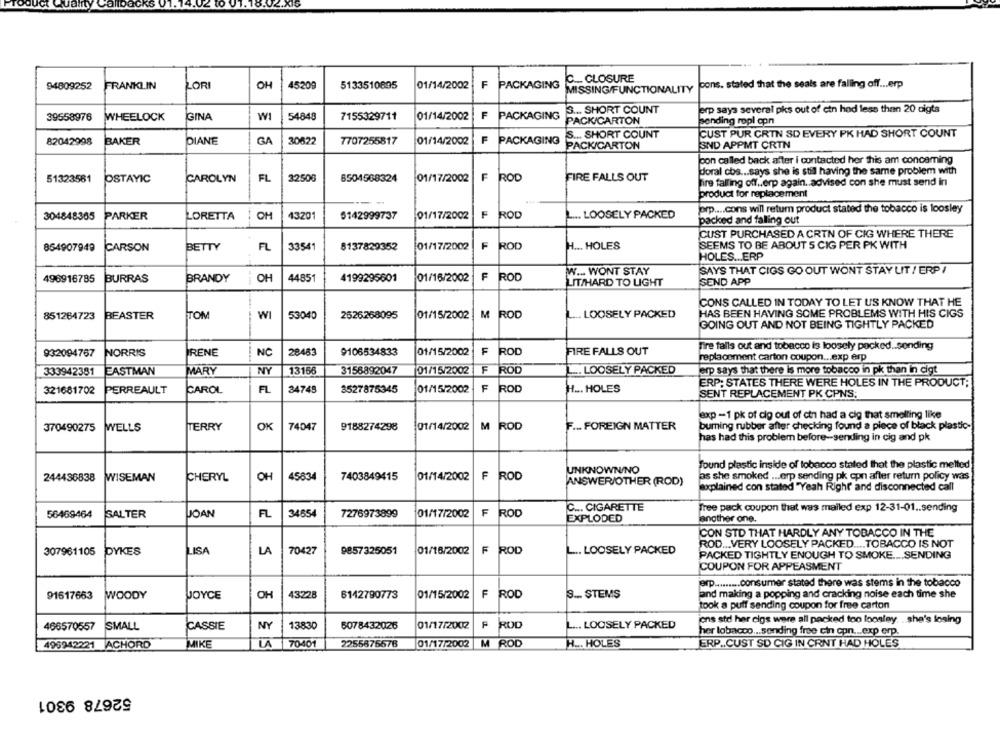
C ... CLOSURE
94809252
FRANKLIN
ORI
OH
45209
5133510895
01/14/2002
F
PACKAGING
MISSING/FUNCTIONALITY
pons. stated that the seals are falling off ... erp
3 ... SHORT COUNT
erp saya several pks out of ctn hod less than 20 cigts
39658976
WHEELOCK
GINA
WI
54848
7155329711
01/14/2002
F
PACKAGING
PACK/CARTON
sending repl con
S ... SHORT COUNT
CUST PUR CRIN SD EVERY PK HAD SHORT COUNT
82042998
BAKER
DIANE
GA
30622
7707255817
01/14/2002
F
PACKAGING
PACK/CARTON
SND APPMT CRIN
pon called back after i contacted her this am concaming
doral cbs ... says she is still having the same problem with
51323561
OSTAYIC
CAROLYN
FL
32508
6504568324
01/17/2002
F
ROD
FIRE FALLS OUT
fire falling off .. erp again. advised con she must send in
product for replacement
304848365
PARKER
LORETTA
OH
43201
5142999737
01/17/2002
F ROD
.... LOOSELY PACKED
prp ... . cons will return product stated the tobacco is loosley
packed and falling out
CUST PURCHASED A CRIN OF CIG WHERE THERE
01/17/2002 F ROD
H ... HOLES
SEEMS TO BE ABOUT 5 CIG PER PK WITH
854907949
CARSON
BETTY
FL
33541
8137829352
HOLES ... ERP
W ... WONT STAY
SAYS THAT CIGS GO OUT WONT STAY UIT / ERP/
496916785
BURRAS
BRANDY
OH
44851
4199295601
01/16/2002
F ROD
LIT/HARD TO LIGHT
SEND APP
CONS CALLED IN TODAY TO LET US KNOW THAT HE
851264723
BEASTER
TOM
WI
53040
2526268095
01/15/2002
M
L ... LOOSELY PACKED
HAS BEEN HAVING SOME PROBLEMS WITH HIS CIGS
GOING OUT AND NOT BEING TIGHTLY PACKED
Fire falls out and tobacco is loosely packed .. sending
932094767
NORRIS
IRENE
NC
28483
9106534833
01/15/2002
ROD
FIRE FALLS OUT
replacement carton coupon ... exp erp
333942381
EASTMAN
MARY
NY
13166
3156892047
01/15/2002
F
L .. LOOSELY PACKED
arp says that there is more tobacco in pk than in cigt
ERP: STATES THERE WERE HOLES IN THE PRODUCT;
321681702
PERREAULT
CAROL
FL
34745
3527875345
01/15/2002
F
ROD
H ... HOLES
SENT REPLACEMENT PK CPNS;
exp -1 pk of dig out of ctn had a cig that smelting like
370490275
MYELLS
TERRY
OK
74047
9188274298
01/14/2002
M
ROD
F ... FOREIGN MATTER
buming rubber after checking found a piece of black plastic-
has had this problem before-sending in cig and pk
Tound plastic inside of tobacco stated that the plastic melted
UNKNOWN/NO
244436838
MISEMAN
CHERYL
OH
45834
7403849415
01/14/2002
F ROD
ANSWER/OTHER (ROD)
as she smoked ... erp sending pk cpn after return policy was
explained con stated "Yeah Right and disconnected call
F ROD
C ... CIGARETTE
Tree pack coupon that was mailed exp 12-31-01 .. sending
56469464
SALTER
JOAN
FL
34554
7276973899
101/17/2002
EXPLODED
another one.
CON STD THAT HARDLY ANY TOBACCO IN THE
01/16/2002
F ROD
L ... LOOSELY PACKED
ROD ... VERY LOOSELY PACKED .... TOBACCO IS NOT
307961105
DYKES
LISA
LA
70427
9857325051
PACKED TIGHTLY ENOUGH TO SMOKE .... SENDING
COUPON FOR APPEASMENT
erp ......... consumer stated there was stems in the tobacco
OH
43228
01/15/2002
LL
3 ... STEMS
and making a popping and cracking noise each time she
91617663
WOODY
JOYCE
6142790773
ROD
took a puff sending coupon for free carton
5078432026
01/17/2002
F RUD
L ... LOOSELY PACKED
ons stel her elgs were all packed too loosley. .. she's losing
466570557
SMALL
CASSIE
NY
13830
her lobacco ... sending free cin cpn ... exp erp.
495942221 ACHORD
MIKE
LA
70401
2255676576
01/17/2002
M ROD
H ... HOLES
ERP .. CUST SD CIG IN CRNT HAD HOLES
52678 9301